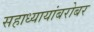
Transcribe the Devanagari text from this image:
सहाध्यायांबरोबर